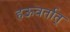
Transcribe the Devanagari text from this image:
हऊवर्तात्